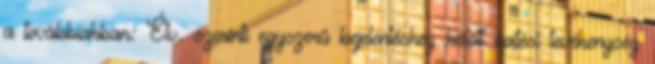
a továbbiakban: Étv. szerinti egyszerű bejelentéshez kötött építési tevékenység